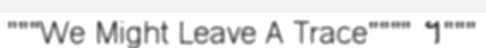
"""We Might Leave A Trace"""" ។"""